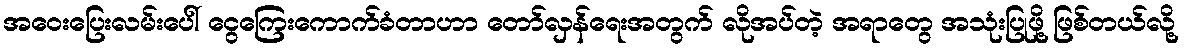
အဝေးပြေးလမ်းပေါ် ငွေကြေးကောက်ခံတာဟာ တော်လှန်ရေးအတွက် လိုအပ်တဲ့ အရာတွေ အသုံးပြုဖို့ ဖြစ်တယ်လို့